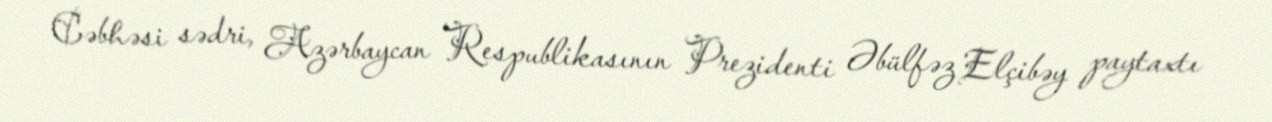
Cəbhəsi sədri, Azərbaycan Respublikasının Prezidenti Əbülfəz Elçibəy paytaxtı